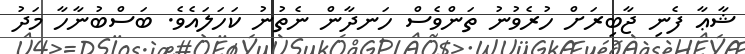
ޝާޢާ ފެނި ޖާބިރަށް ހުރެވުނު ތަންވެސް ހަނދާން ނެތުނު ކަހަލައެވެ. ބަސްބުނާހާ މަދު